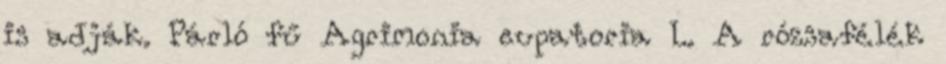
is adják. Párló fű Agrimonia eupatoria L. A rózsafélék